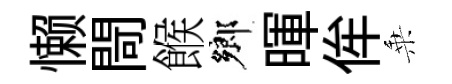
懒閜餱鄉暉侔乗